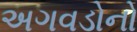
અગવડોનો